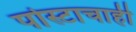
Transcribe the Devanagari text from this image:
पोस्टाचाही